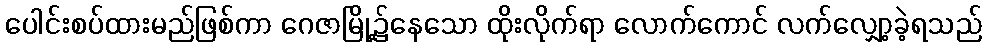
ပေါင်းစပ်ထားမည်ဖြစ်ကာ ဂေဇာမြို့၌နေသော ထိုးလိုက်ရာ လောက်ကောင် လက်လျှော့ခဲ့ရသည်